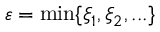
\varepsilon = \operatorname* { m i n } \{ \xi _ { 1 } , \xi _ { 2 } , . . . \}